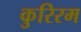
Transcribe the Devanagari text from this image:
कुरिरम